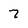
Character: 7